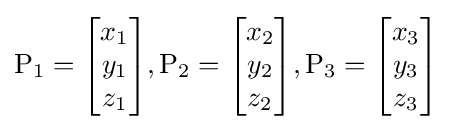
\mathrm {P_{1}} ={\begin{bmatrix}x_{1}\\y_{1}\\z_{1}\end{bmatrix}},\mathrm {P_{2}} ={\begin{bmatrix}x_{2}\\y_{2}\\z_{2}\end{bmatrix}},\mathrm {P_{3}} ={\begin{bmatrix}x_{3}\\y_{3}\\z_{3}\end{bmatrix}}